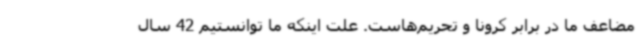
مضاعف ما در برابر کرونا و تحریم‌هاست. علت اینکه ما توانستیم 42 سال